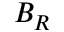
B _ { R }